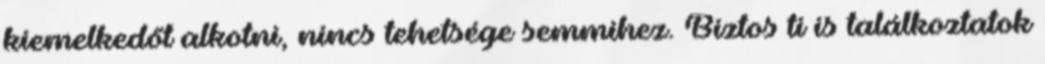
kiemelkedőt alkotni, nincs tehetsége semmihez. Biztos ti is találkoztatok